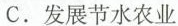
C. 发展节水农业